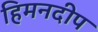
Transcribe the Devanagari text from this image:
हिमनदीप